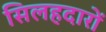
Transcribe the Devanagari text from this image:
सिलहदारों